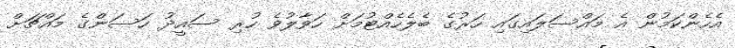
އެހެންކަމުން އެ މައްސަލައިގައި ހަރުގެ ބެލެހެއްޓުމަށް ހަވާލުވެ ހުރި ސައީދު ހަސަންގެ މައްޗަށް